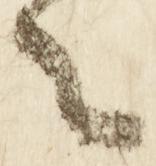
之